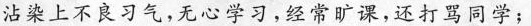
沾染上不良习气，无心学习，经常旷课，还打骂同学；